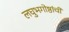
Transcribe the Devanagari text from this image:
लघुभगोष्ठांची